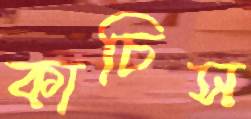
কাচিস